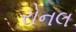
રોનલ